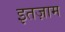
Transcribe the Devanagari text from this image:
इतज़ाम